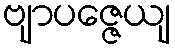
ဗျာပဇ္ဇေယျ